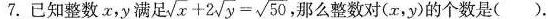
7. 已知整数x，y满足 $$\sqrt { x } + 2 \sqrt{ y } = \sqrt { 5 0 }$$ 那么整数对(x，y)的个数是( ).